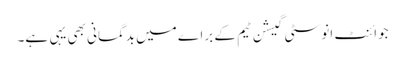
جوائنٹ انوسٹی گیشن ٹیم کے براے میں بدگمانی بھی یہی ہے۔